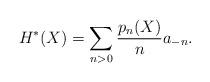
LaTeX: \begin{align*}H^\ast(X)=\sum_{n>0}\frac{p_n(X)}{n}a_{-n}.\end{align*}